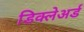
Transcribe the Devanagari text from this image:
डिक्‍लेअर्ड